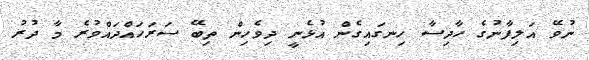
ނުވޭ އަލިފާނުގެ ހާދިސާ ހިނގައިގެން އުޅެނީ ދިވެހިން ތިބޭ ސަރަހައްދައްވުރެ މާ ދުރު